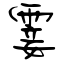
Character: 霎